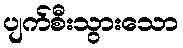
ပျက်စီးသွားသော